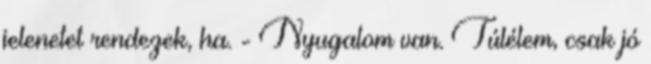
jelenetet rendezek, ha. - Nyugalom van. Túlélem, csak jó